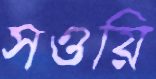
সওয়ি